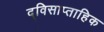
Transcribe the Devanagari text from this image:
द्विसाप्‍ताहिक